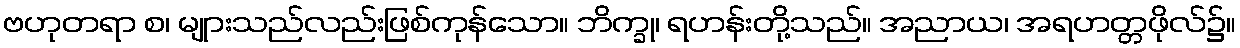
ဗဟုတရာ စ၊ မျုားသည်လည်းဖြစ်ကုန်သော။ ဘိက္ခု၊ ရဟန်းတို့သည်။ အညာယ၊ အရဟတ္တဖိုလ်၌။